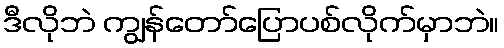
ဒီလိုဘဲ ကျွန်တော်ပြောပစ်လိုက်မှာဘဲ။